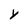
Character: y